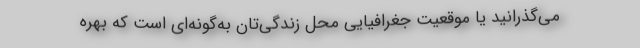
می‌گذرانید یا موقعیت جغرافیایی محل زندگی‌تان به‌گونه‌ای است که بهره